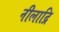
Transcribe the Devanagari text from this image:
नीलाद्रि